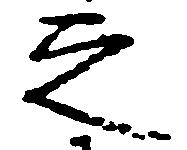
之